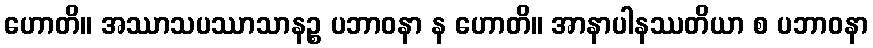
ဟောတိ။ အဿာသပဿာသာနဉ္စ ပဘာဝနာ န ဟောတိ။ အာနာပါနဿတိယာ စ ပဘာဝနာ